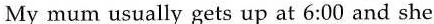
My mum usually gets up at 6:00 and she